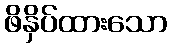
ဖိနှိပ်ထားသော